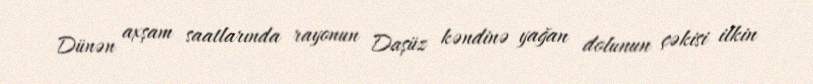
Dünən axşam saatlarında rayonun Daşüz kəndinə yağan dolunun çəkisi ilkin